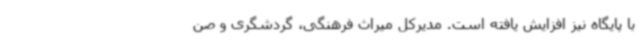
با پایگاه نیز افزایش یافته است. مدیرکل میراث فرهنگی، گردشگری و صن